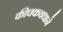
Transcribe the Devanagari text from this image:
कीचकवधाने